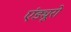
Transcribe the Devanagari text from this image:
एंड्यूरो